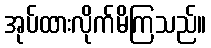
အုပ်ထားလိုက်မိကြသည်။